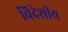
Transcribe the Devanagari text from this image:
विदेशीय